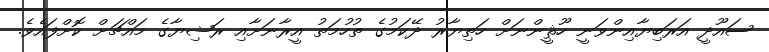
ސައޫދީ އަރަބިޔާއިންވަނީ ހޫޘީންނަށް ހަތިޔާރު ދޭކަމުގެ ތުހުމަތު އީރާނަށާއި ރަޝިޔާގެ މައްޗަށް ކޮށްފައެވެ.